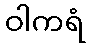
ဝါကရံ